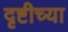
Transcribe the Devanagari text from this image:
दृष्टीच्या